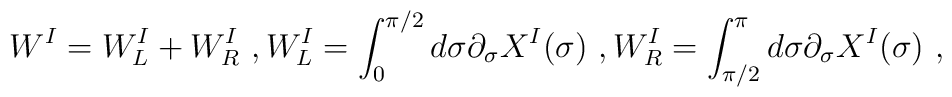
W^I=W^I_L+W^I_R \ ,W^I_L=\int_0^{\pi/2}d\sigma \partial_{\sigma} X^I(\sigma) \ ,W_R^I=\int_{\pi/2}^{\pi}d\sigma \partial_{\sigma} X^I(\sigma) \ ,